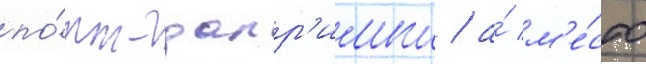
по́рт-далр'импл / а́ м'е́сто